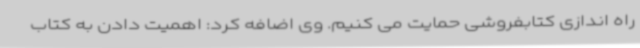
راه اندازی کتابفروشی حمایت می کنیم. وی اضافه کرد: اهمیت دادن به کتاب